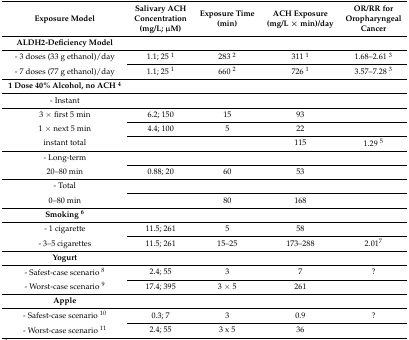
<table><thead><tr><td><b>Exposure Model</b></td><td><b>Salivary ACH Concentration (mg/L; μM)</b></td><td><b>Exposure Time (min)</b></td><td><b>ACH Exposure (mg/L × min)/day</b></td><td><b>OR/RR for Oropharyngeal Cancer</b></td></tr></thead><tbody><tr><td><b>ALDH2-Deficiency Model</b></td><td></td><td></td><td></td><td></td></tr><tr><td>- 3 doses (33 g ethanol)/day</td><td>1.1; 25 <sup>1</sup></td><td>283 <sup>2</sup></td><td>311 <sup>1</sup></td><td>1.68–2.61 <sup>3</sup></td></tr><tr><td>- 7 doses (77 g ethanol)/day</td><td>1.1; 25 <sup>1</sup></td><td>660 <sup>2</sup></td><td>726 <sup>1</sup></td><td>3.57–7.28 <sup>3</sup></td></tr><tr><td><b>1 Dose 40% Alcohol, no ACH <sup>4</sup></b></td><td></td><td></td><td></td><td></td></tr><tr><td>- Instant</td><td></td><td></td><td></td><td></td></tr><tr><td>3 × first 5 min</td><td>6.2; 150</td><td>15</td><td>93</td><td></td></tr><tr><td>1 × next 5 min</td><td>4.4; 100</td><td>5</td><td>22</td><td></td></tr><tr><td>instant total</td><td></td><td></td><td>115</td><td>1.29 <sup>5</sup></td></tr><tr><td>- Long-term</td><td></td><td></td><td></td><td></td></tr><tr><td>20–80 min</td><td>0.88; 20</td><td>60</td><td>53</td><td></td></tr><tr><td>- Total</td><td></td><td></td><td></td><td></td></tr><tr><td>0–80 min</td><td></td><td>80</td><td>168</td><td></td></tr><tr><td><b>Smoking <sup>6</sup></b></td><td></td><td></td><td></td><td></td></tr><tr><td>- 1 cigarette</td><td>11.5; 261</td><td>5</td><td>58</td><td></td></tr><tr><td>- 3–5 cigarettes</td><td>11.5; 261</td><td>15–25</td><td>173–288</td><td>2.01<sup>7</sup></td></tr><tr><td><b>Yogurt</b></td><td></td><td></td><td></td><td></td></tr><tr><td>- Safest-case scenario <sup>8</sup></td><td>2.4; 55</td><td>3</td><td>7</td><td>?</td></tr><tr><td>- Worst-case scenario <sup>9</sup></td><td>17.4; 395</td><td>3 × 5</td><td>261</td><td></td></tr><tr><td><b>Apple</b></td><td></td><td></td><td></td><td></td></tr><tr><td>- Safest-case scenario <sup>10</sup></td><td>0.3; 7</td><td>3</td><td>0.9</td><td>?</td></tr><tr><td>- Worst-case scenario <sup>11</sup></td><td>2.4; 55</td><td>3 x 5</td><td>36</td><td></td></tr></tbody></table>